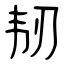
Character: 韧